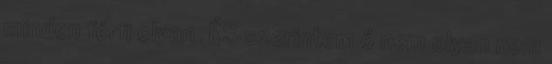
minden férfi olyan. ÉS szerintem ő nem olyan nem